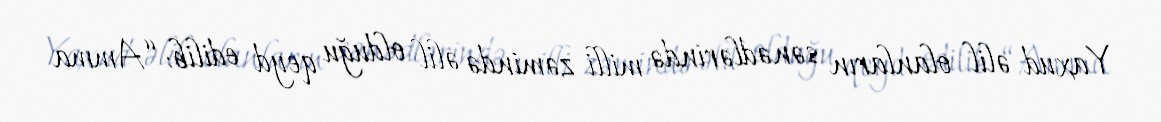
Yaxud əlil olanların sənədlərində milli zəmində əlil olduğu qeyd edilib: “Amma